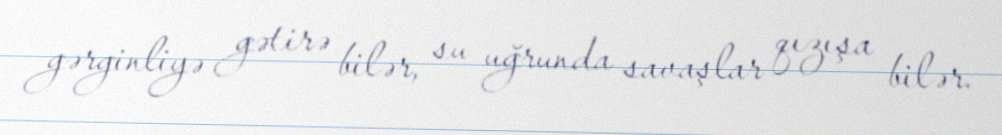
gərginliyə gətirə bilər, su uğrunda savaşlar qızışa bilər.